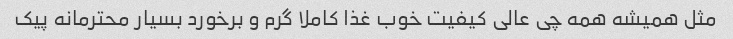
مثل همیشه همه چی عالی کیفیت خوب غذا کاملا گرم و برخورد بسیار محترمانه پیک